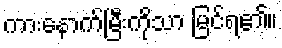
ကားနောက်မြီးကိုသာ မြင်ရ၏။